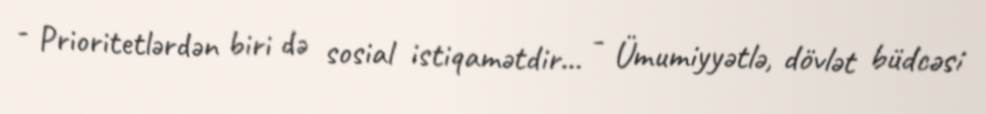
- Prioritetlərdən biri də sosial istiqamətdir... - Ümumiyyətlə, dövlət büdcəsi